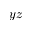
y z